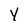
Character: Y